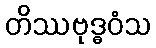
တိဿဗုဒ္ဓဝံသ